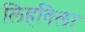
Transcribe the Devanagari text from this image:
लिहविला